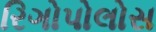
રિગોપોલોસ